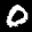
Label: 0